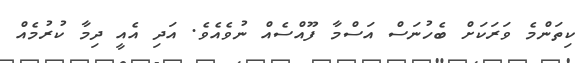
ކިތަންމެ ވަރަކަށް ބެހުނަސް އަސްމާ ފޫއްސެއް ނުވެއެވެ. އަދި އެއީ ދިމާ ކުރުމެއް